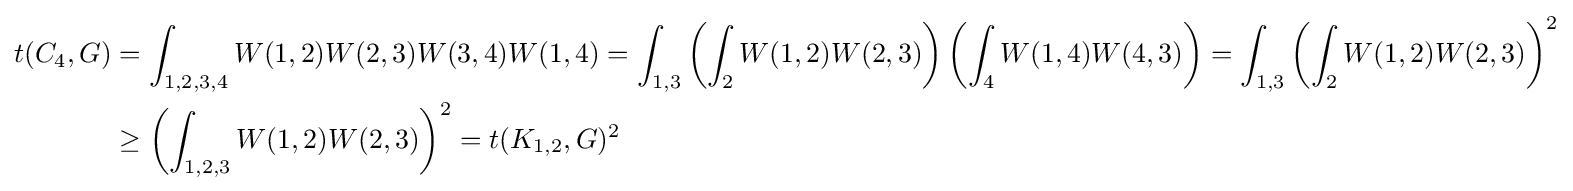
{\begin{aligned}t(C_{4},G)&=\int _{1,2,3,4}W(1,2)W(2,3)W(3,4)W(1,4)=\int _{1,3}\left(\int _{2}W(1,2)W(2,3)\right)\left(\int _{4}W(1,4)W(4,3)\right)=\int _{1,3}\left(\int _{2}W(1,2)W(2,3)\right)^{2}\\&\geq \left(\int _{1,2,3}W(1,2)W(2,3)\right)^{2}=t(K_{1,2},G)^{2}\end{aligned}}